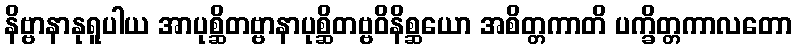
နိဗ္ဗာနာနုရူပါယ အာပုစ္ဆိတဗ္ဗာနာပုစ္ဆိတဗ္ဗဝိနိစ္ဆယော အစိတ္တကာတိ ပက္ခိတ္တကာလတော